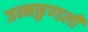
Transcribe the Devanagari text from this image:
जन्‍मकुण्‍डली